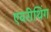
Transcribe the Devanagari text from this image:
एवरीथिंग